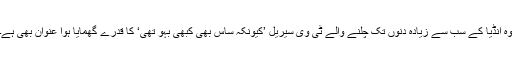
وہ انڈیا کے سب سے زیادہ دنوں تک چلنے والے ٹی وی سیریل ’کیونکہ ساس بھی کبھی بہو تھی‘ کا قدرے گھمایا ہوا عنوان بھی ہے۔